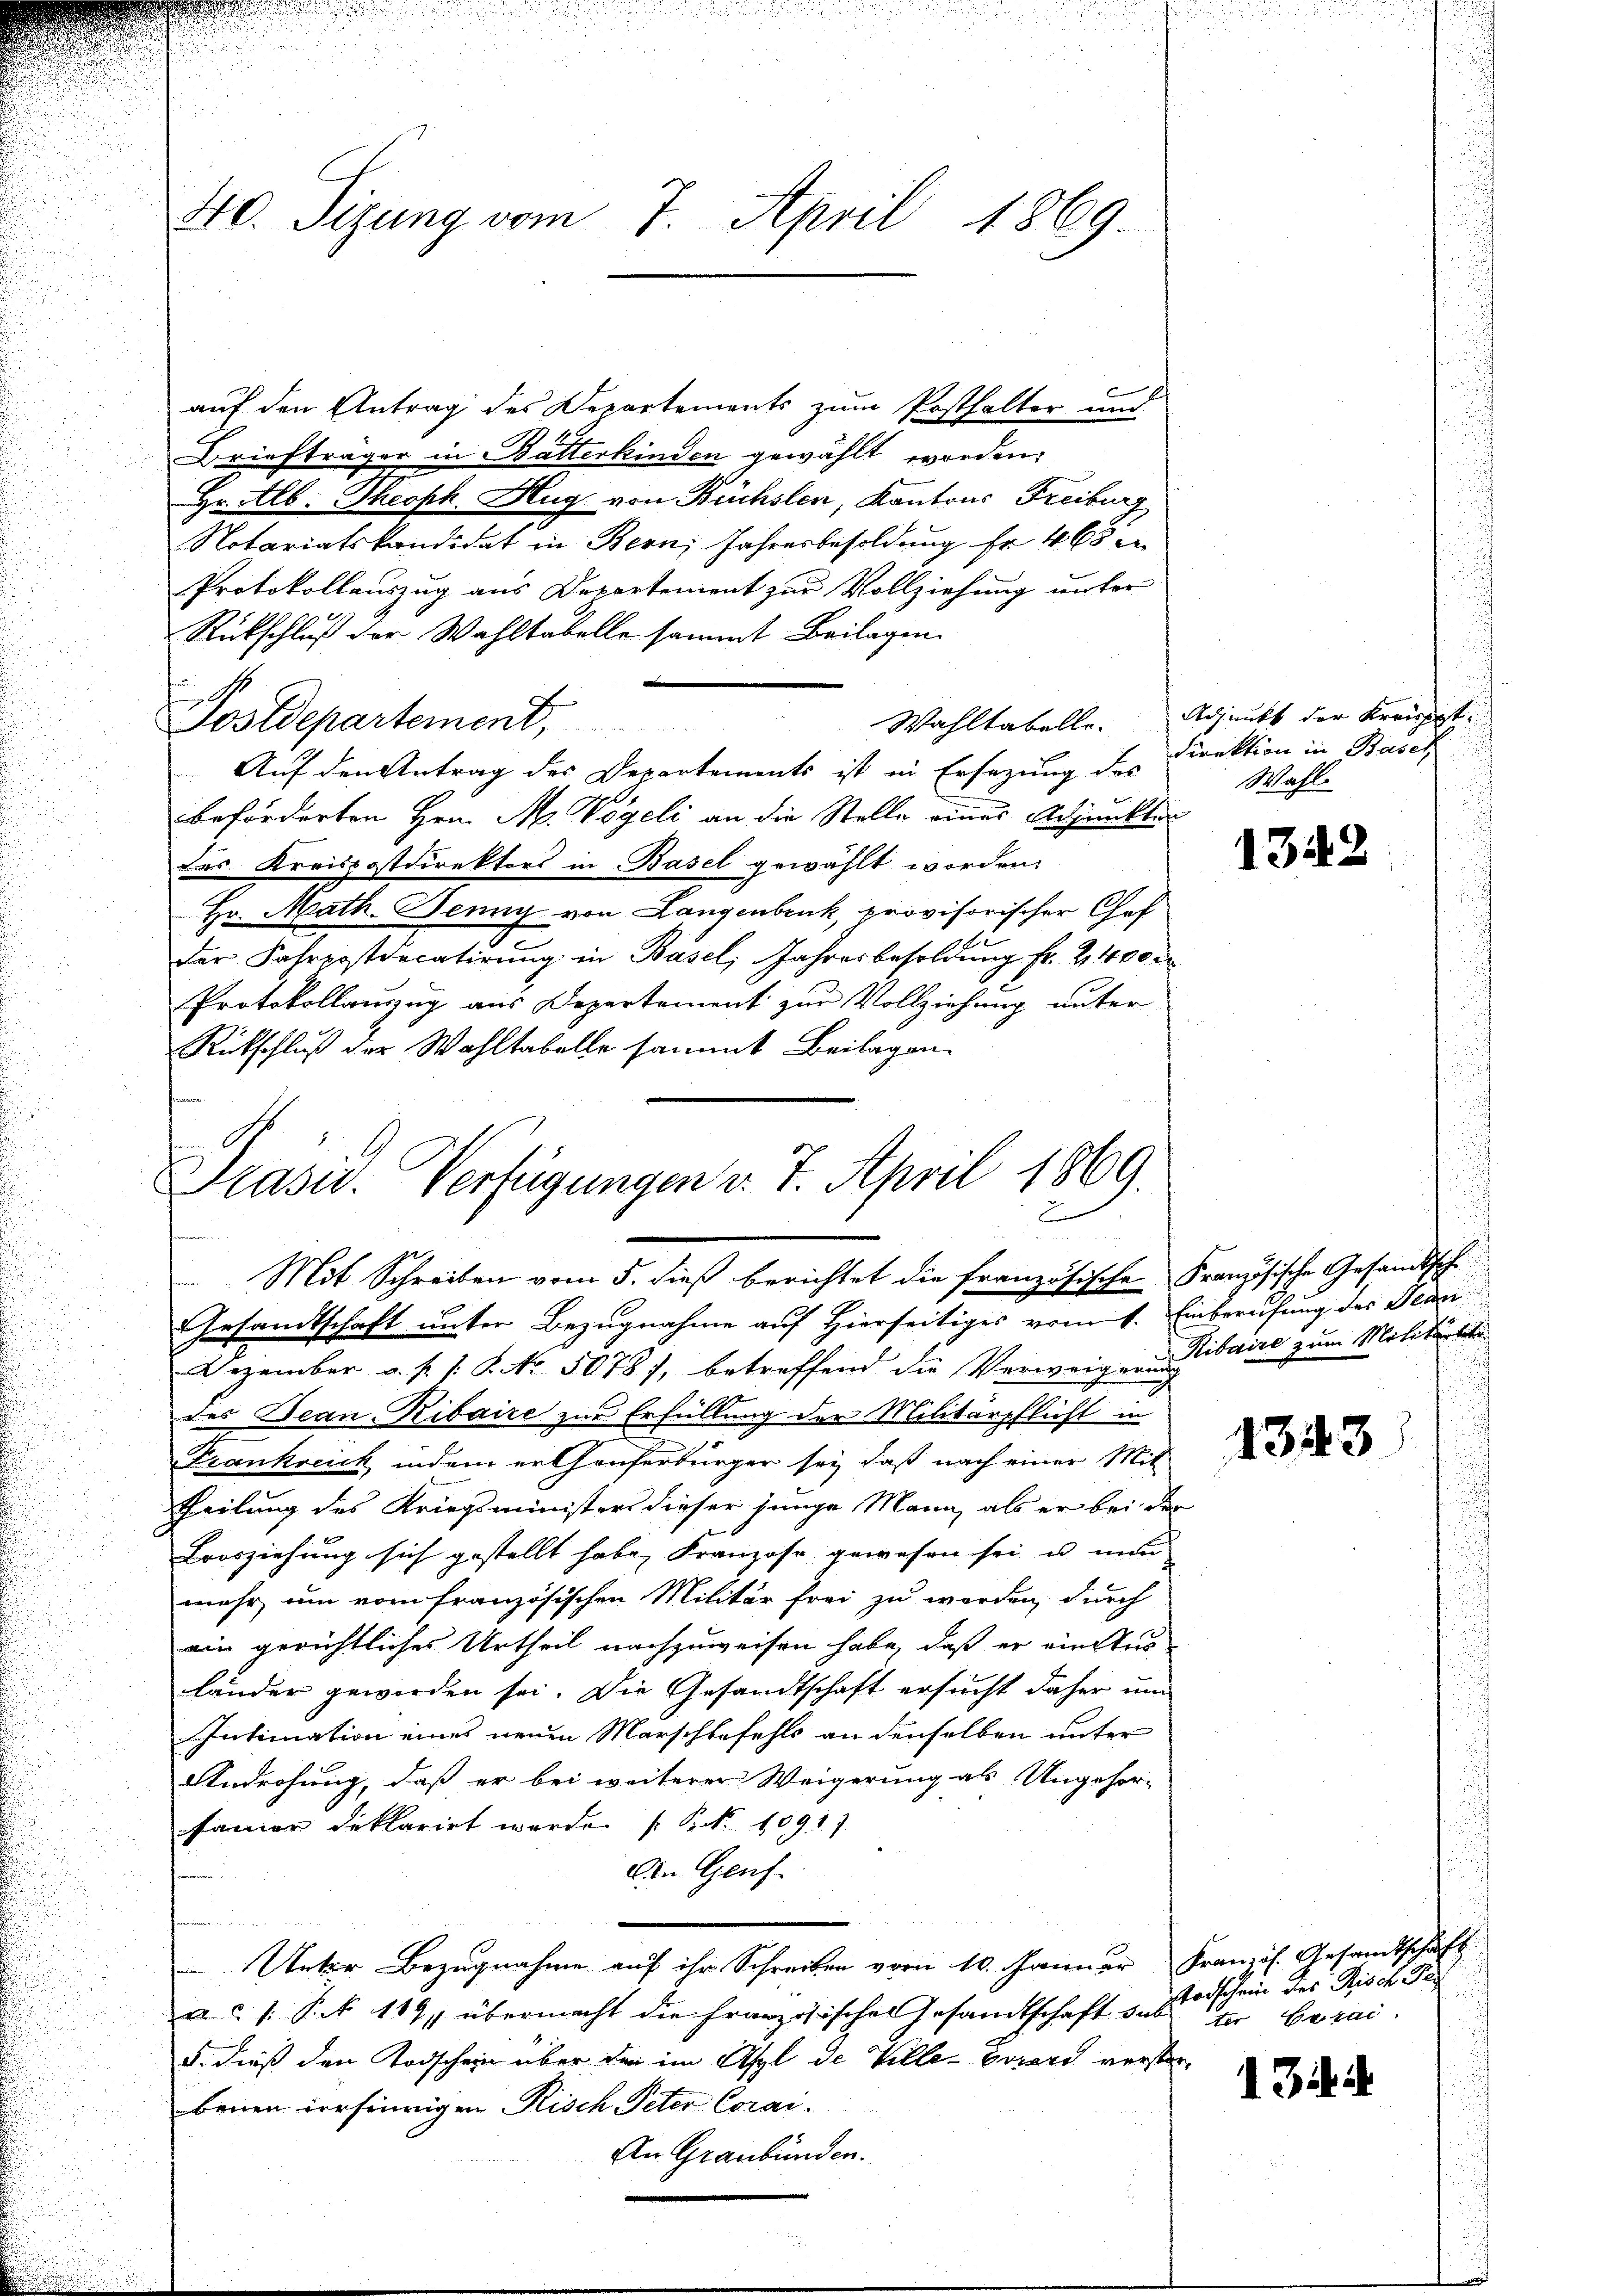
40. Sitzung vom 7. April 1869.

auf den Antrag des Departements zum Posthalter und
Briefträger in Batterkinden gewählt worden.
Hr. Alb. Theoph. Hug von Büchslen, Kantons Freiburg
Notariatskandidat in Bern, Jahresbesoldung fr. 463 e
Protokollauszug aus Departement zur Vollziehung unter
Rückschluß der Wahltabelle sammt Beilagen.
Postdepartement,
Auf den Antrag des Departements ist in Ersezung des
beförderten Hrn. M. Vögeli an die Stelle eines Adjunkter
des Kreispostdirektors in Basel gewählt worden.
Hr. Math. Denn von Langenbruck, provisorischer Chef
f
der Fahrpostdecatirŭng in Basel, Jahresbesoldŭng fr. 2400 r
Protokollanzug aus Departement zur Vollziehung unter
Rückschluß der Wahltabelle sammt Beilagen.
Präsid. Verfügungen v. 7. April 1869.

Mit Schreiben vom 5. dieß berichtet die französische Französische Gesandtsch¬
Gesandtschaft unter Bezugnahme auf Hierseitiges vom 1. Einberufung des Bean

Wahltabelle. Adjunkt der Kreisit
Direktion in Basel
Wahl.

Dezember a. p. s. S. No. 5078/, betreffend die Verweigen Tibaire zum Molitikel
des Bean-Ribaire zur Erfüllung der Militärpflicht in
Frankreich, indem er Gauserbürger sei, daß nach einer Mit
Theilung des Kriegsministers dieser junge Mann, als er bei der
Brosziehung sich gestellt habe, Franzose gewesen sei, u nun
mehr, um vom französischen Militär frei zu werden, durch
ein gerichtliches Urtheil nachzuweisen habe, daß er ein Stud
länder geworden sei. Die Gesandtschaft ersucht daher un
Intimation eines neuen Marschtefehls an denselben unter
Androhung, daß er bei weiterer Weigerung als Ungehor-
famer deklarirt werde. (S. 1091).
Die Genf.
Unter Bezugnahme auf ihr Schreiben vom 10. Januar Französ. Gesandtschaft
a /: P. 119, übermacht die Französisches Gesandtschaft sub der Carai
§. dieß den Todschein über den im Asyl de Ville Eviard versterbenen irrsinnigen Risch Peter Corai-
An Graubünden.

1342

1343

Todschein des Risch Tes

13